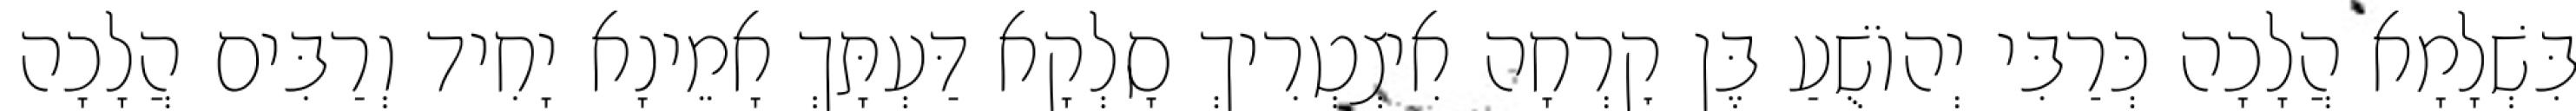
בִּשְׁלָמָא הֲלָכָה כְּרַבִּי יְהוֹשֻׁעַ בֶּן קׇרְחָה אִיצְטְרִיךְ סָלְקָא דַּעְתָּךְ אָמֵינָא יָחִיד וְרַבִּים הֲלָכָה